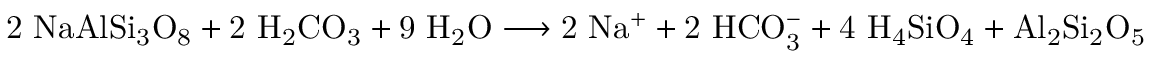
\mathrm { 2 \ N a A l S i _ { 3 } O _ { 8 } + 2 \ H _ { 2 } C O _ { 3 } + 9 \ H _ { 2 } O \longrightarrow 2 \ N a ^ { + } + 2 \ H C O _ { 3 } ^ { - } + 4 \ H _ { 4 } S i O _ { 4 } + A l _ { 2 } S i _ { 2 } O _ { 5 } ( O H ) _ { 4 } }